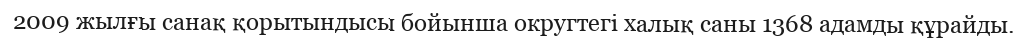
2009 жылғы санақ қорытындысы бойынша округтегі халық саны 1368 адамды құрайды.